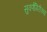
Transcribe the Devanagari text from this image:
सुवर्णगिरीच्या